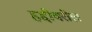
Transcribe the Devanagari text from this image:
हद्दीवरील